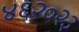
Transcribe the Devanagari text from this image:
४६२०२३